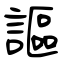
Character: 謳